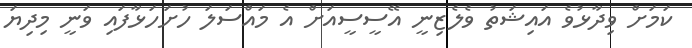
ކަމަށް ވިދާޅުވެ އައިޝަތު ވެލެޒިނީ އޭސީސީއަށް އެ މައްސަލަ ހުށަހަޅާފައި ވަނީ މިދިޔަ